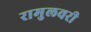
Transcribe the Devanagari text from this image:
रामुलवरी